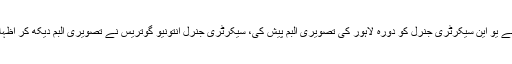
عثمان بزدار نے یو این سیکرٹری جنرل کو دورہ لاہور کی تصویری البم پیش کی، سیکرٹری جنرل انتونیو گوتریس نے تصویری البم دیکھ کر اظہار مسرت کیا۔